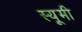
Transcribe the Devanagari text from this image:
स्यूमी